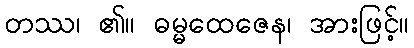
တဿ၊ ၏။ ဓမ္မထေဇေန၊ အားဖြင့်။